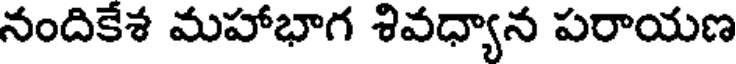
నందికేశ మహాభాగ శివధ్యాన పరాయణ